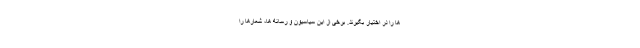
ها را در اختیار بگیرند. برخی از این سیاسیون و رسانه ها، شعارها را